Report on the working of the Ranchi Indian Mental Hospital, Kanke, in Bihar and Orissa - 1930-1940
Year: 1930
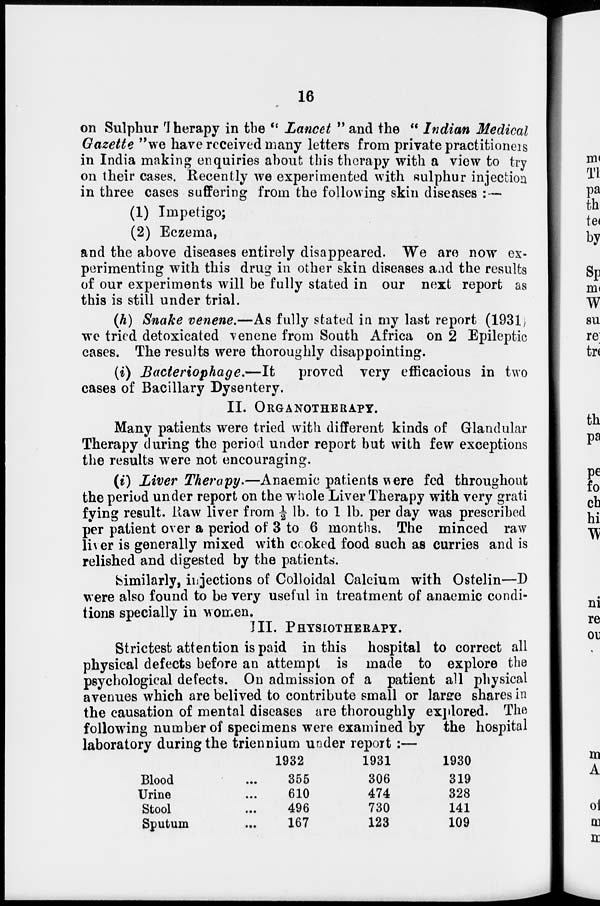
16
on Sulphur Therapy in the " Lancet " and the " Indian Medical
Gazette "we have received many letters from private practitioners
in India making enquiries about this therapy with a view to try
on their cases. Recently we experimented with sulphur injection
in three cases suffering from the following skin diseases : —
(1) Impetigo;
(2) Eczema,
and the above diseases entirely disappeared. We are now ex-
perimenting with this drug in other skin diseases and the results
of our experiments will be fully stated in our next report as
this is still under trial.
(h) Snake venene.—As fully stated in my last report (1931)
we tried detoxicated venene from South Africa on 2 Epileptic
cases. The results were thoroughly disappointing.
(i) Bacteriophage.—It
proved very efficacious in two
cases of Bacillary Dysentery.
II. ORGANOTHERAPY.
Many patients were tried with different kinds of Glandular
Therapy during the period under report but with few exceptions
the results were not encouraging.
(i) Liver Therapy.—Anaemic patients were fed throughout
the period under report on the whole Liver Therapy with very grati
fying result. Raw liver from ½ lb. to 1 lb. per day was prescribed
per patient over a period of 3 to 6 months. The minced raw
liver is generally mixed with cooked food such as curries and is
relished and digested by the patients.
Similarly, injections of Colloidal Calcium with Ostelin—D
were also found to be very useful in treatment of anaemic condi-
tions specially in women.
III. PHYSIOTHERAPY.
Strictest attention is paid in this hospital to correct all
physical defects before an attempt is made to explore the
psychological defects. On admission of a patient all physical
avenues which are belived to contribute small or large shares in
the causation of mental diseases are thoroughly explored. The
following number of specimens were examined by the hospital
laboratory during the triennium under report :—
Blood ...
Urine ...
Stool ...
Sputum ...
1932
355
610
496
167
1931
306
474
730
123
1930
319
328
141
109